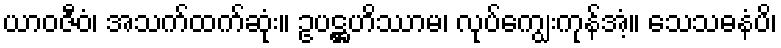
ယာဝဇီဝံ၊ အသက်ထက်ဆုံး။ ဥပဋ္ဌဟိဿာမ၊ လုပ်ကျွေးကုန်အံ့။ သေသဓနံပိ၊